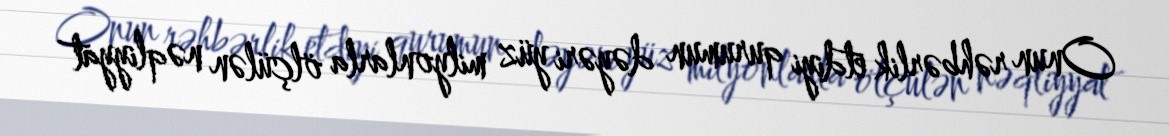
Onun rəhbərlik etdiyi qurumun dəyəri yüz milyonlarla ölçülən nəqliyyat